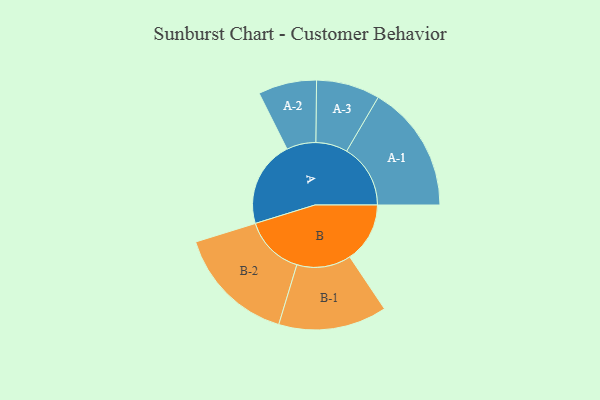
{"axis": {"x": "Segment", "y": "Value"}, "legend": ["", "A", "B"], "data": [{"x": "A", "y": 307, "type": ""}, {"x": "B", "y": 214, "type": ""}, {"x": "A-1", "y": 227, "type": "A"}, {"x": "A-2", "y": 104, "type": "A"}, {"x": "A-3", "y": 113, "type": "A"}, {"x": "B-1", "y": 193, "type": "B"}, {"x": "B-2", "y": 213, "type": "B"}]}